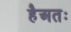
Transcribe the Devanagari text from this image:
हैअतः